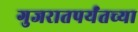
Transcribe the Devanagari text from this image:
गुजरातपर्यंतच्या